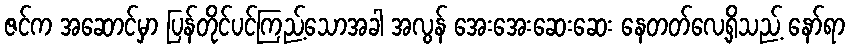
ဇင်က အဆောင်မှာ ပြန်တိုင်ပင်ကြည့်သောအခါ အလွန် အေးအေးဆေးဆေး နေတတ်လေ့ရှိသည့် နော်ရာ